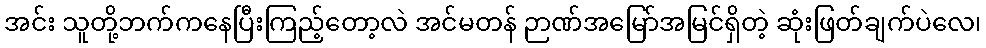
အင်း သူတို့ဘက်ကနေပြီးကြည့်တော့လဲ အင်မတန် ဉာဏ်အမြော်အမြင်ရှိတဲ့ ဆုံးဖြတ်ချက်ပဲလေ၊